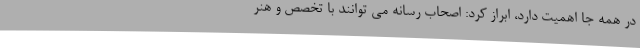
در همه جا اهمیت دارد، ابراز کرد: اصحاب رسانه می توانند با تخصص و هنر